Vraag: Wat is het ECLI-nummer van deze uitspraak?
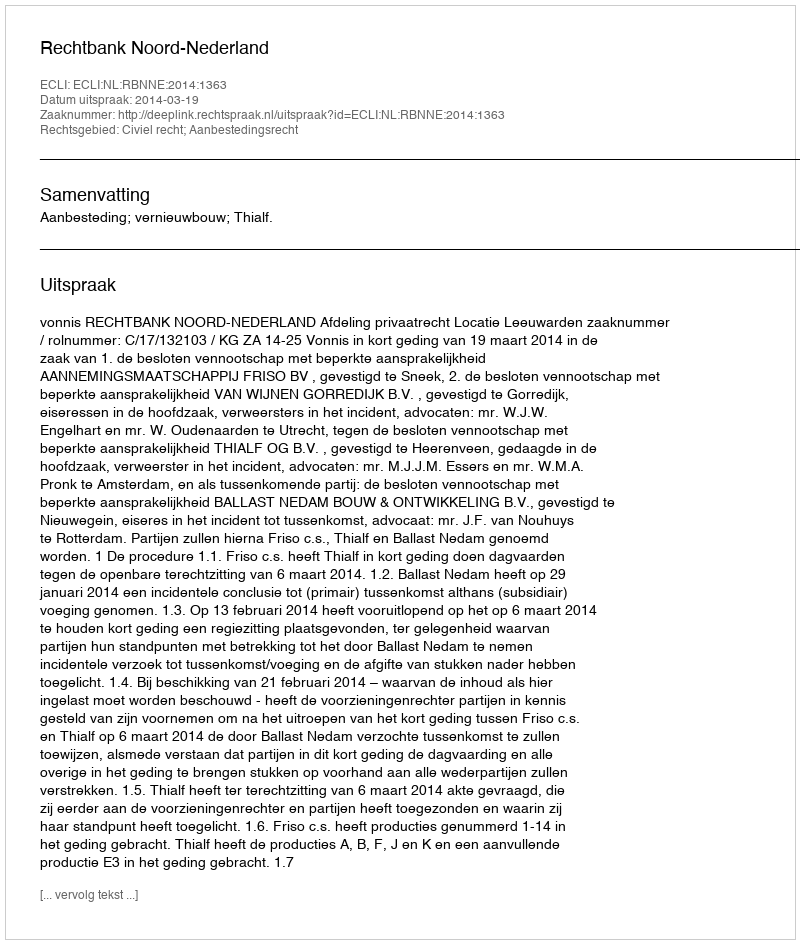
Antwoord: ECLI:NL:RBNNE:2014:1363